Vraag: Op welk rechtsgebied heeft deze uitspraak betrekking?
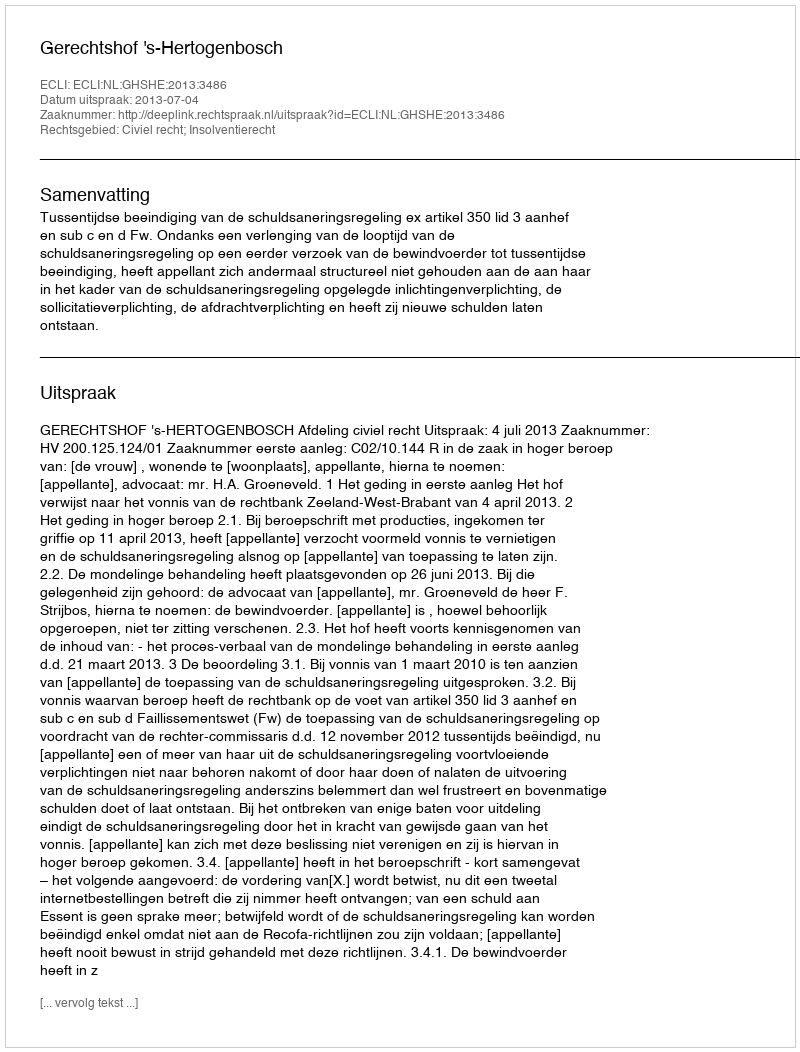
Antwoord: Civiel recht; Insolventierecht